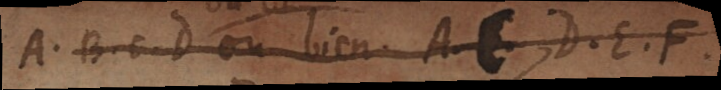
A, B, C, D’où bien A, C, D, E, F,